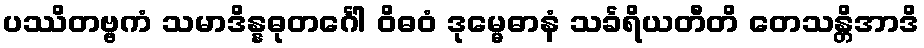
ပဿိတဗ္ဗကံ သမာဒိန္နဓုတင်္ဂေါ ဝိဓဝံ ဒုမ္မေဓာနံ သင်္ခရိယတီတိ တေသန္တိအာဒိ